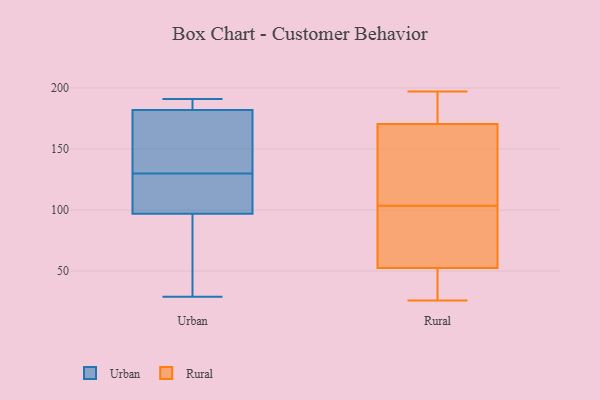
{"axis": {"x": "Active Users", "y": "Value"}, "legend": ["Rural", "Urban"], "data": [{"x": "", "y": 184, "type": "Urban"}, {"x": "", "y": 127, "type": "Urban"}, {"x": "", "y": 122, "type": "Urban"}, {"x": "", "y": 187, "type": "Urban"}, {"x": "", "y": 149, "type": "Urban"}, {"x": "", "y": 133, "type": "Urban"}, {"x": "", "y": 97, "type": "Urban"}, {"x": "", "y": 182, "type": "Urban"}, {"x": "", "y": 123, "type": "Urban"}, {"x": "", "y": 149, "type": "Urban"}, {"x": "", "y": 37, "type": "Urban"}, {"x": "", "y": 191, "type": "Urban"}, {"x": "", "y": 29, "type": "Urban"}, {"x": "", "y": 48, "type": "Urban"}, {"x": "", "y": 77, "type": "Rural"}, {"x": "", "y": 191, "type": "Rural"}, {"x": "", "y": 38, "type": "Rural"}, {"x": "", "y": 105, "type": "Rural"}, {"x": "", "y": 102, "type": "Rural"}, {"x": "", "y": 67, "type": "Rural"}, {"x": "", "y": 39, "type": "Rural"}, {"x": "", "y": 174, "type": "Rural"}, {"x": "", "y": 197, "type": "Rural"}, {"x": "", "y": 101, "type": "Rural"}, {"x": "", "y": 179, "type": "Rural"}, {"x": "", "y": 191, "type": "Rural"}, {"x": "", "y": 147, "type": "Rural"}, {"x": "", "y": 167, "type": "Rural"}, {"x": "", "y": 26, "type": "Rural"}, {"x": "", "y": 143, "type": "Rural"}, {"x": "", "y": 53, "type": "Rural"}, {"x": "", "y": 152, "type": "Rural"}, {"x": "", "y": 52, "type": "Rural"}, {"x": "", "y": 26, "type": "Rural"}]}